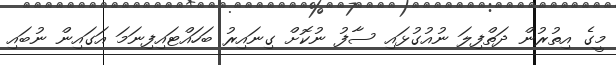
މީގެ އިތުރުން ދަތްފިލަ ނުއުގުޅައި ސާފު ނުކޮށް ގިނައިރު ބަހައްޓައިފިނަމަ އަގައިން ނުބައި